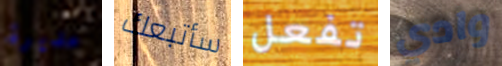
مديرة سأتبعك تفعل وادي